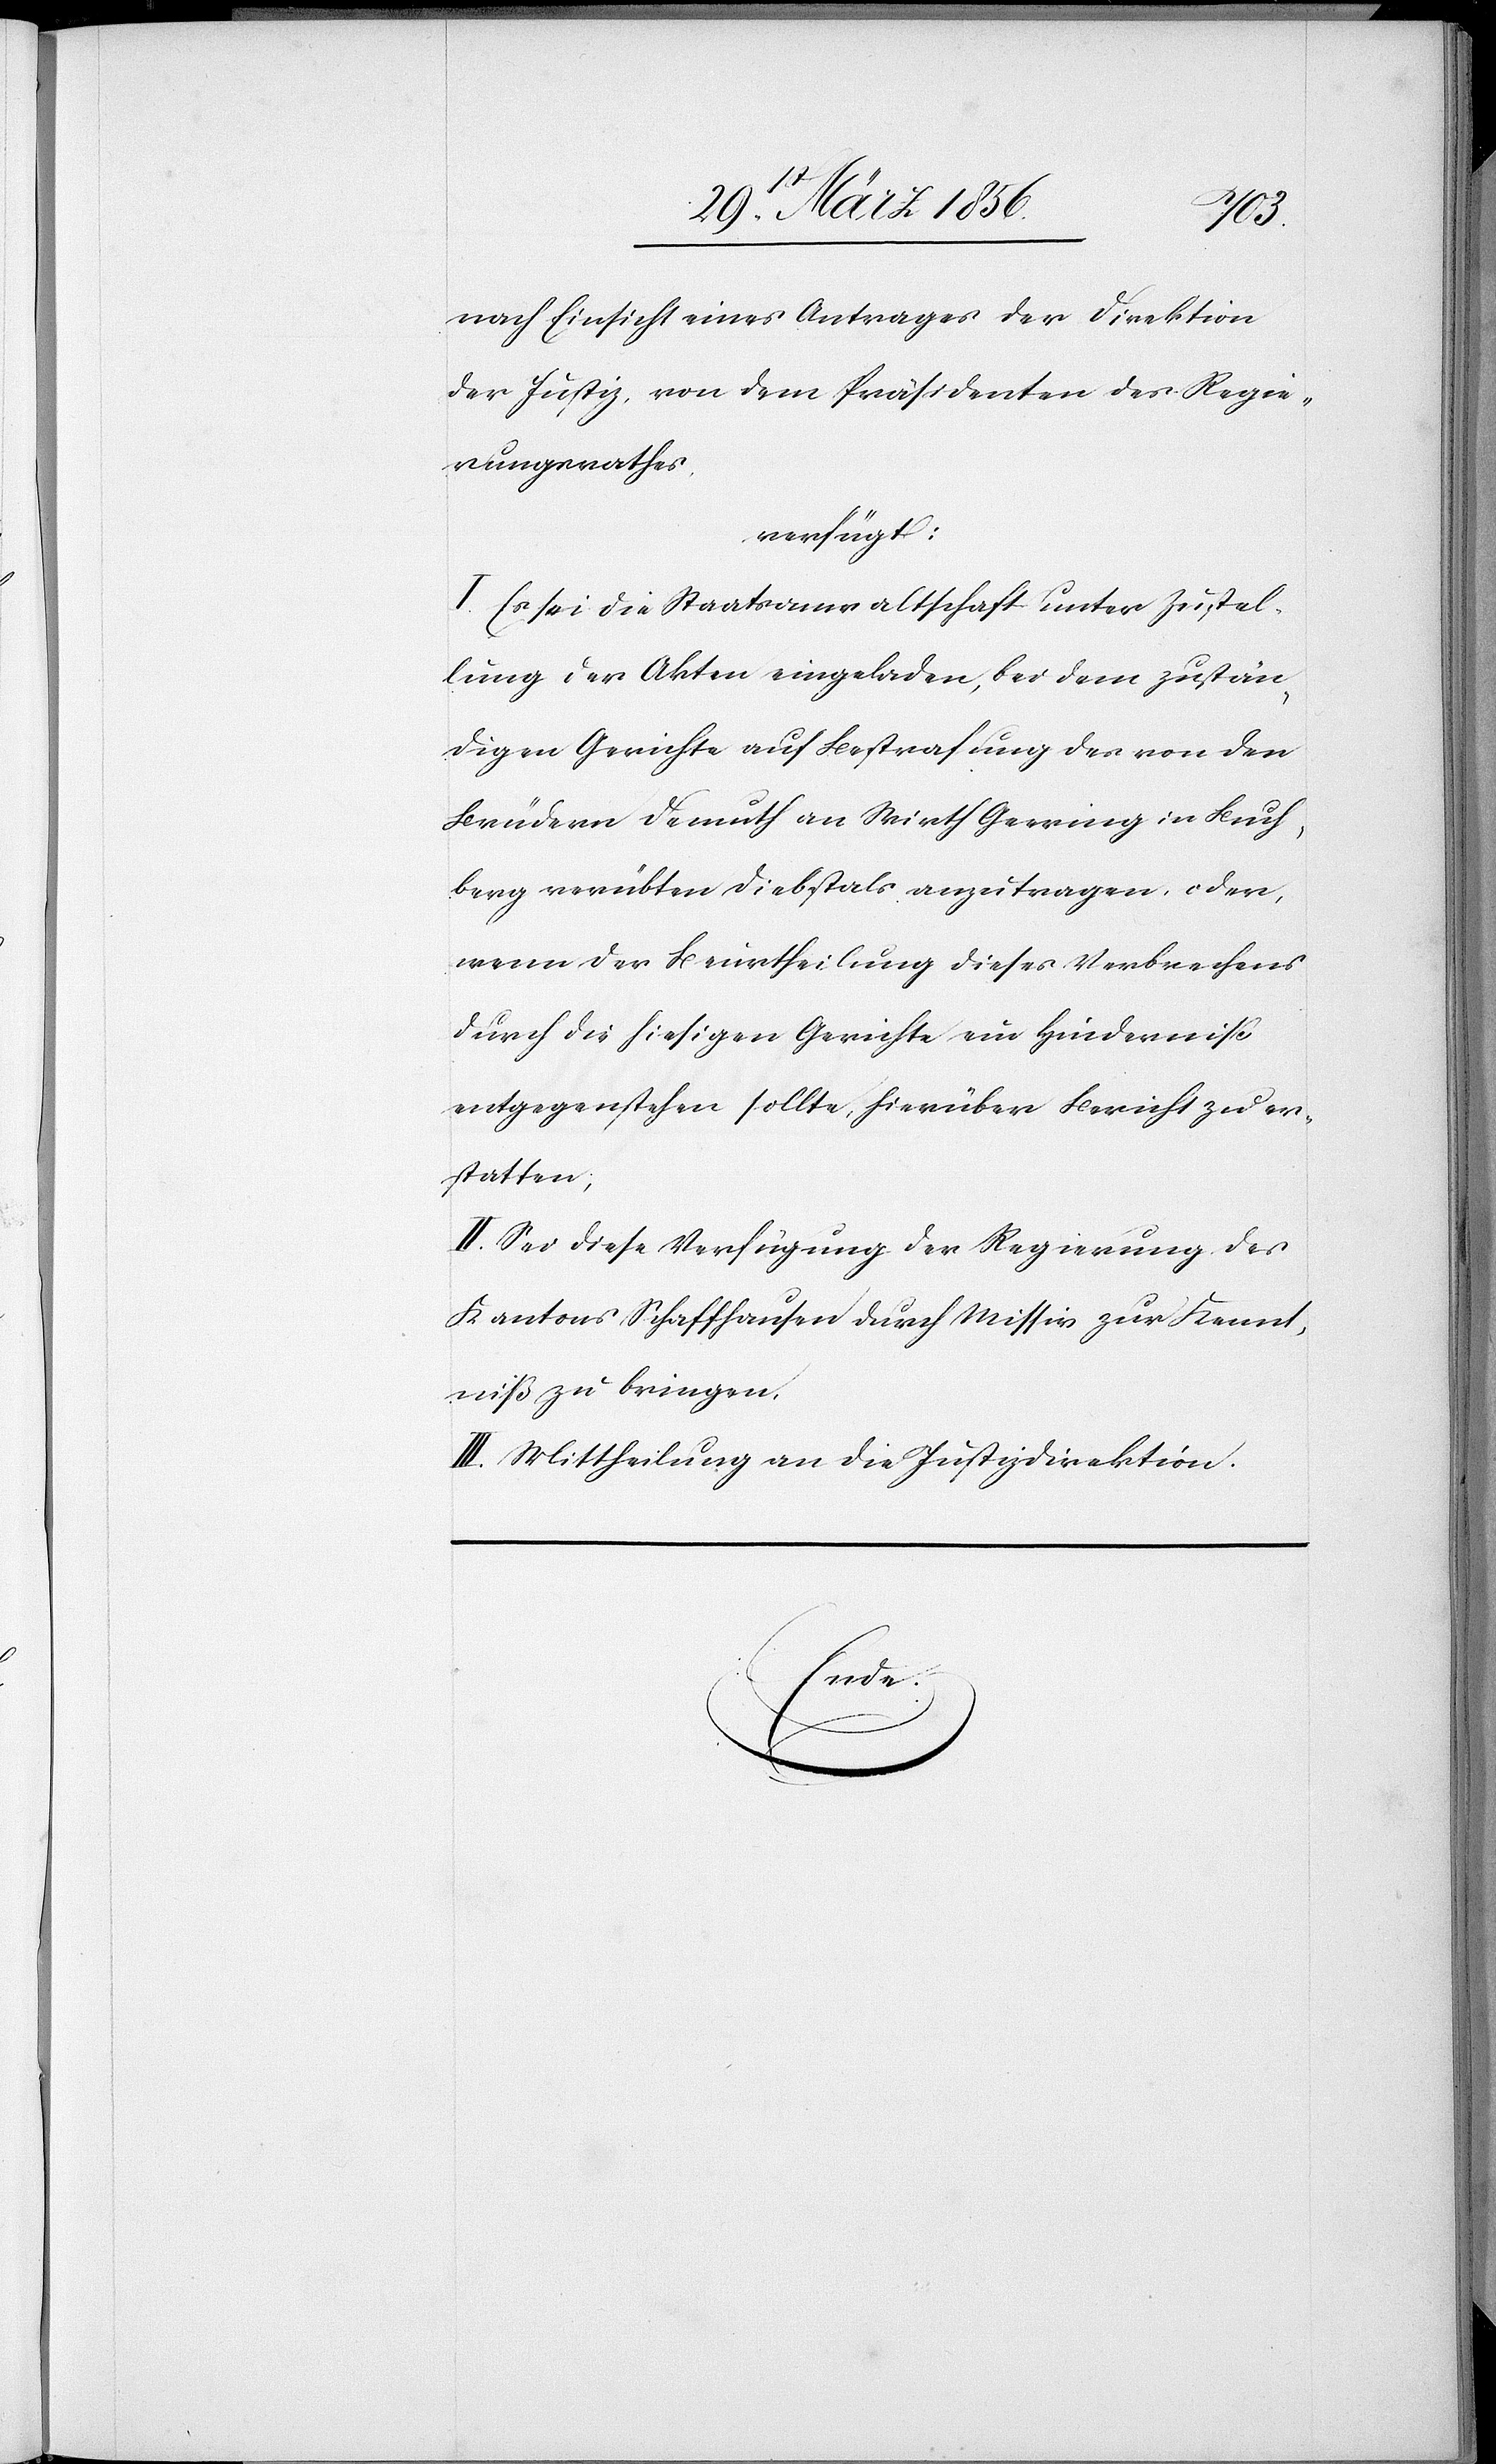
nach Einsicht eines Antrages der Direktion
der Justiz, von dem Präsidenten des Regie¬
rungsrathes,
verfügt:
I. Es sei die Staatsanwaltschaft unter Zustel¬
lung der Akten eingeladen, bei dem zustän¬
digen Gerichte auf Bestrafung der von den
Brüdern Demuth an Wirth Geering [sic!] in Buch¬
berg verübten Diebstals anzutragen, oder,
wenn der Beurtheilung dieses Verbrechens
durch die hiesigen Gerichte ein Hinderniß
entgegenstehen sollte, hierüber Bericht zu er¬
statten;
II. Sei diese Verfügung der Regierung des
Kantons Schaffhausen durch Missiv zur Kennt¬
niß zu bringen.
III. Mittheilung an die Justizdirektion.